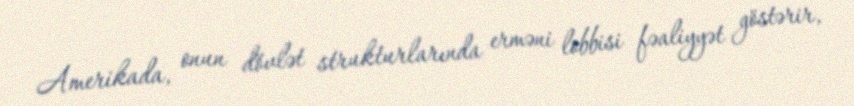
Amerikada, onun dövlət strukturlarında erməni lobbisi fəaliyyət göstərir,